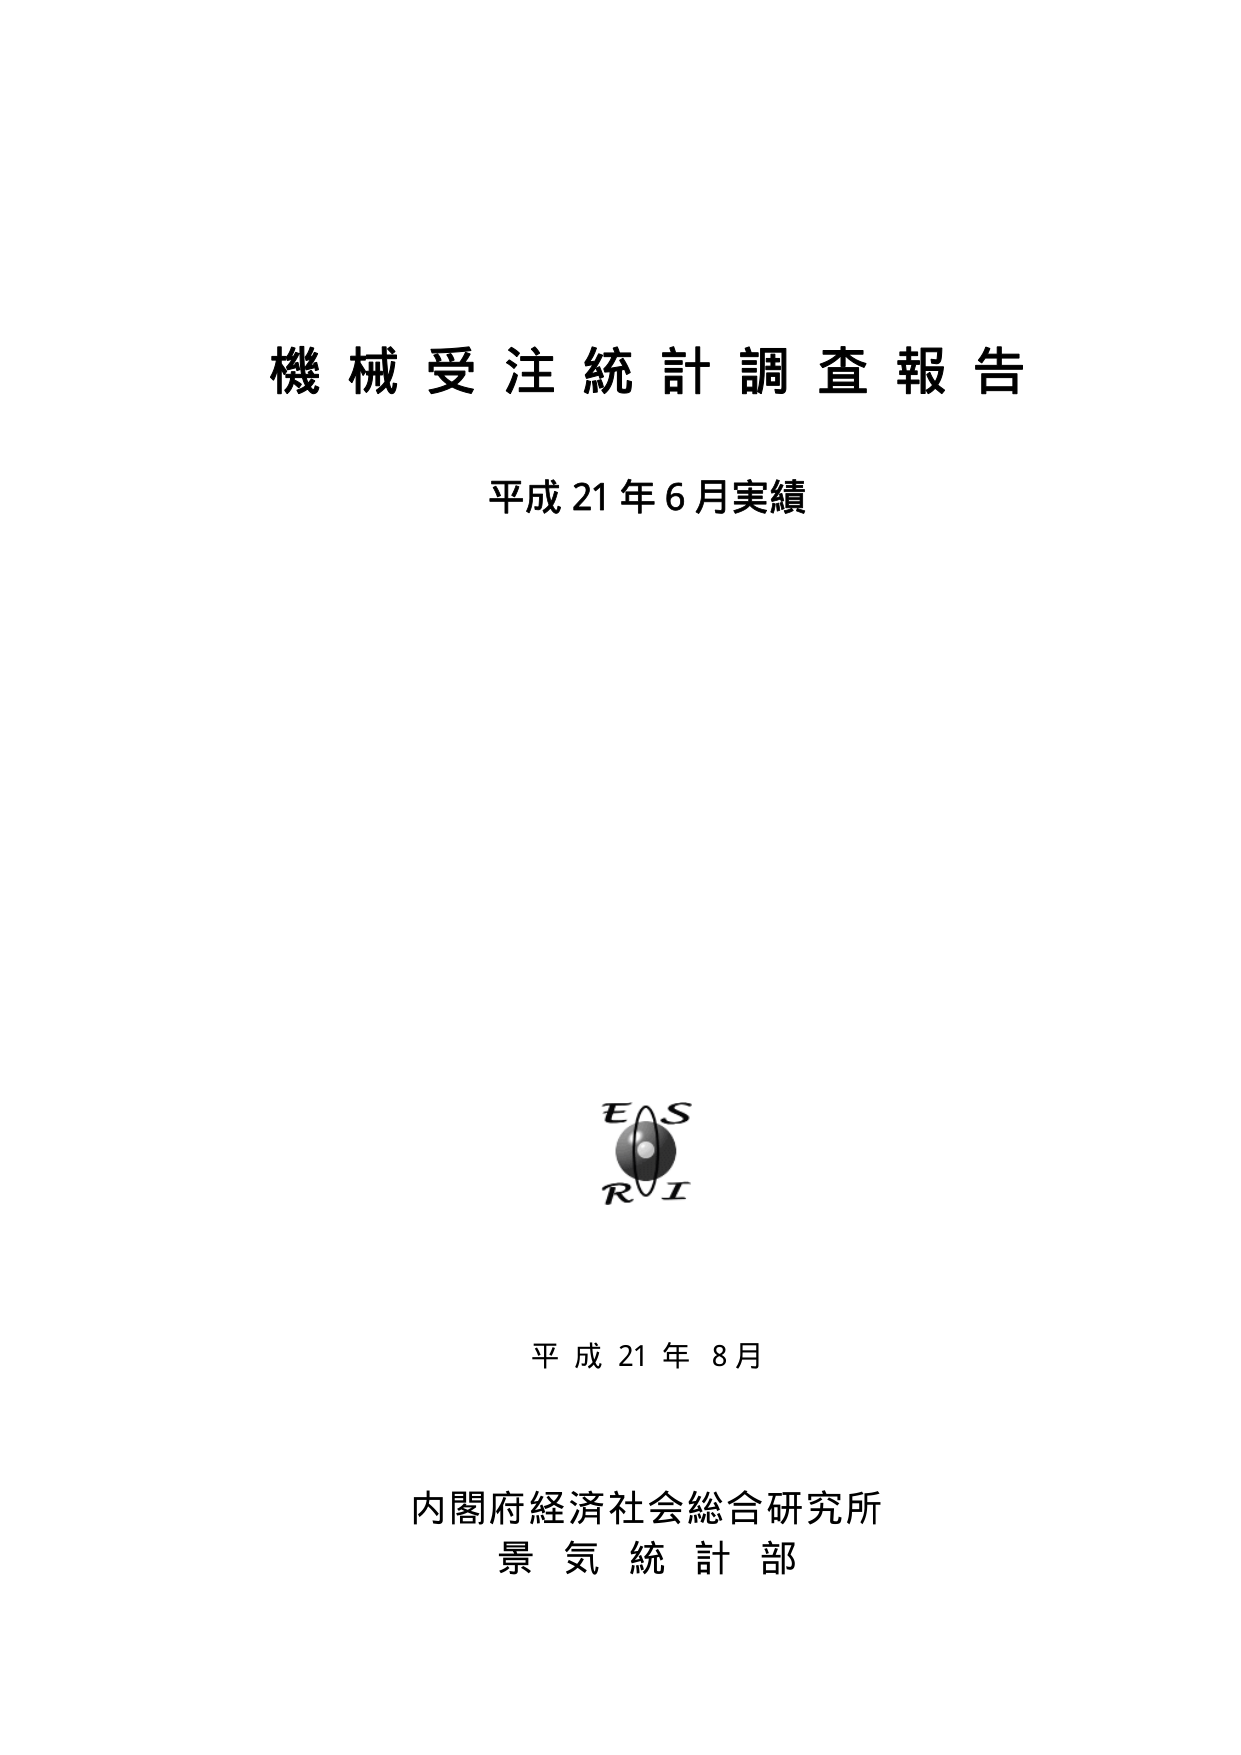
機械受注統計調査報告
平成21年6月実績

EAS
RI

平成21年8月

内閣府経済社会総合研究所
景気統計部